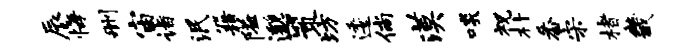
辰悔删宙诣泯籍隘邈策坊逶倘漠啖祝朴番宋楮畿